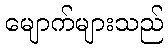
မျောက်များသည်